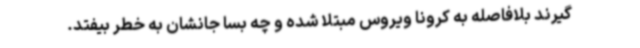
گیرند بلافاصله به کرونا ویروس مبتلا شده و چه بسا جانشان به خطر بیفتد.